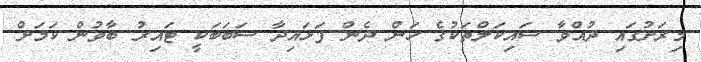
މިރަށުގައި ދުއްވާ ސައިކަލްތަކުގެ ހަން ދެން ފަޅައިދާ ސަބަބަކީ ޓައިރު ބާވުން ކަމަށް